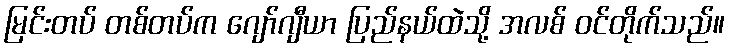
မြင်းတပ် တစ်တပ်က ဂျော်ဂျီယာ ပြည်နယ်ထဲသို့ အလစ် ဝင်တိုက်သည်။